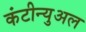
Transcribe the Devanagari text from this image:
कंटीन्युअल